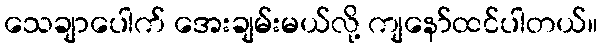
သေချာပေါက် အေးချမ်းမယ်လို့ ကျနော်ထင်ပါတယ်။